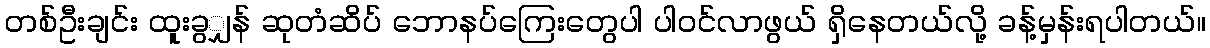
တစ်ဦးချင်း ထူးခွျှန် ဆုတံဆိပ် ဘောနပ်ကြေးတွေပါ ပါဝင်လာဖွယ် ရှိနေတယ်လို့ ခန့်မှန်းရပါတယ်။